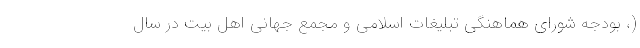
(، بودجه شورای هماهنگی تبلیغات اسلامی و مجمع جهانی اهل بیت در سال